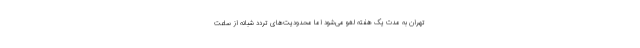
تهران به مدت یک هفته لغو می‌شود اما محدودیت‌های تردد شبانه از ساعت